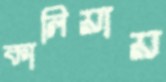
কালিয়ায়